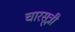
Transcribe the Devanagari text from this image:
चारसूत्री